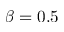
\beta = 0 . 5